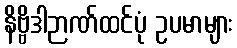
နိဗ္ဗိဒါဉာဏ်ထင်ပုံ ဥပမာများ